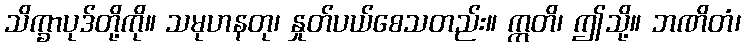
သိက္ခာပုဒ်တို့ကို။ သမုဟနတု၊ နှုတ်ပယ်စေသတည်း။ ဣတိ၊ ဤသို့။ ဘဏိတံ၊